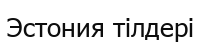
Эстония тілдері